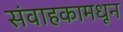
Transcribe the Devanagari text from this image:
संवाहकामधून